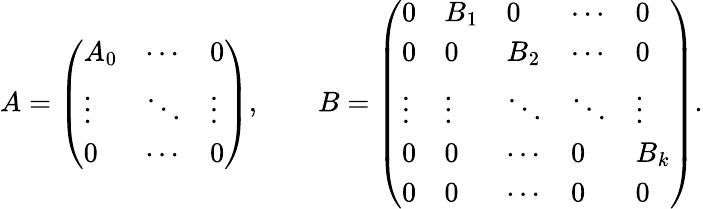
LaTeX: A=\left(\begin{array}{lll}{A_{0}}&{\cdots}&{0}\\ {\vdots}&{\ddots}&{\vdots}\\ {0}&{\cdots}&{0}\end{array}\right),\qquad B=\left(\begin{array}{lllll}{0}&{B_{1}}&{0}&{\cdots}&{0}\\ {0}&{0}&{B_{2}}&{\cdots}&{0}\\ {\vdots}&{\vdots}&{\ddots}&{\ddots}&{\vdots}\\ {0}&{0}&{\cdots}&{0}&{B_{k}}\\ {0}&{0}&{\cdots}&{0}&{0}\end{array}\right).